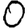
Digit: 0